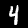
Digit: 4